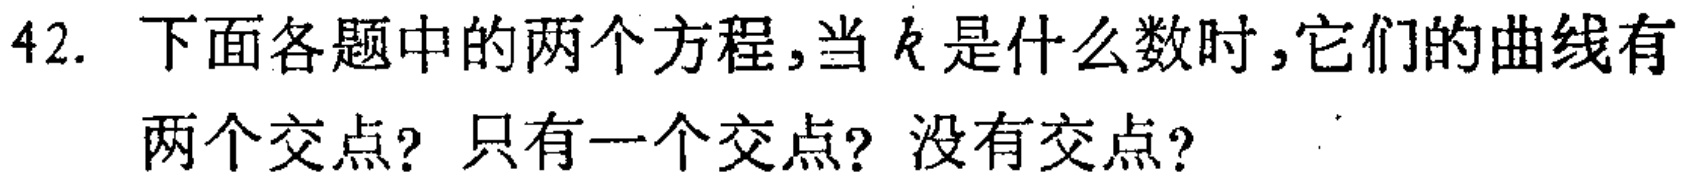
42. 下面各题中的两个方程,当$k$是什么数时,它们的曲线有两个交点? 只有一个交点? 没有交点?